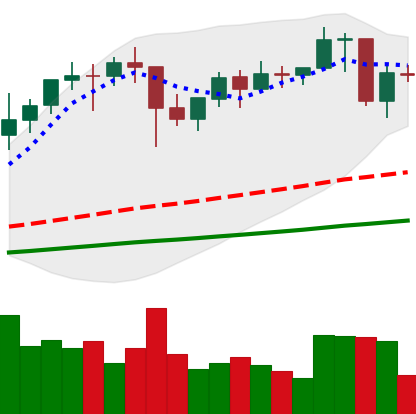
Ticker: ETH-USD
Chart end date: 2021-01-23
Forward return: 8.245%
Label: up_7plus